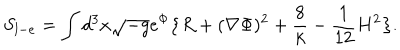
LaTeX: S _ { l - e } = \int d ^ { 3 } x \sqrt { - g } e ^ { \Phi } \big \{ R + ( \nabla \Phi ) ^ { 2 } + { \frac { 8 } { k } } - { \frac { 1 } { 1 2 } } H ^ { 2 } \big \} .